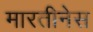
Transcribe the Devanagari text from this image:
मारतीनेस